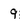
Character: 9